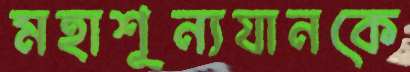
মহাশূন্যযানকে